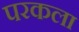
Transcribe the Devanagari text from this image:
परकला